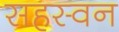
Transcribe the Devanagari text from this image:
सहस्वन